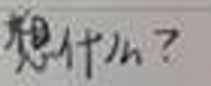
想什么？